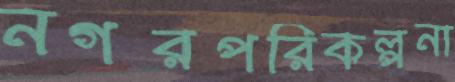
নগরপরিকল্পনা